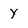
Character: y